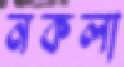
নকলা